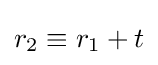
r_{2}\equiv r_{1}+t